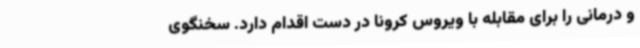
و درمانی را برای مقابله با ویروس کرونا در دست اقدام دارد. سخنگوی